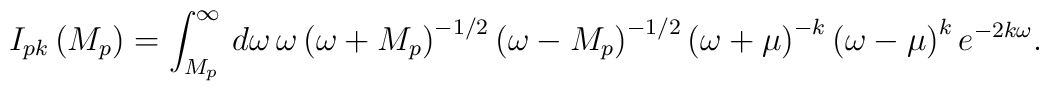
I_{pk}\left( M_{p}\right) =\int _{M_{p}}^{\infty }\, d\omega \, \omega \left( \omega +M_{p}\right) ^{-1/2}\left( \omega -M_{p}\right) ^{-1/2}\left( \omega +\mu \right) ^{-k}\left( \omega -\mu \right) ^{k}e^{-2k\omega }.